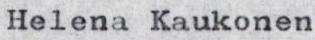
Helena Kaukonen